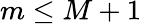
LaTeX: m\leq M+1